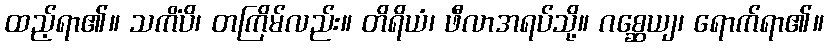
ထည့်ရာ၏။ သကိံပိ၊ တကြိမ်လည်း။ တိရိယံ၊ ဖီလာအရပ်သို့။ ဂစ္ဆေယျ၊ ရောက်ရာ၏။